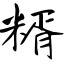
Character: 糈